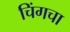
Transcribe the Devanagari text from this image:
चिंगचा